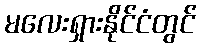
မလေးရှားနိုင်ငံတွင်